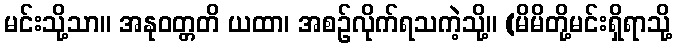
မင်းသို့သာ။ အနုဝတ္တတိ ယထာ၊ အစဉ်လိုက်ရသကဲ့သို့။ (မိမိတို့မင်းရှိရာသို့